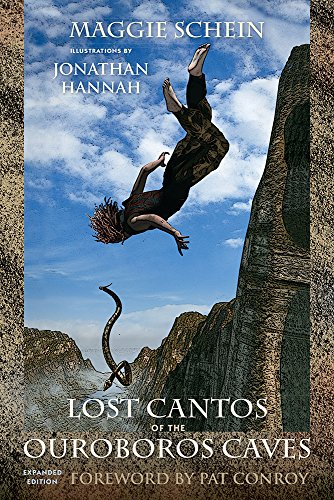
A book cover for Lost Cantos of the Ouroboros Caves: Expanded Edition (Story River Books); Maggie Schein; Science Fiction & Fantasy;